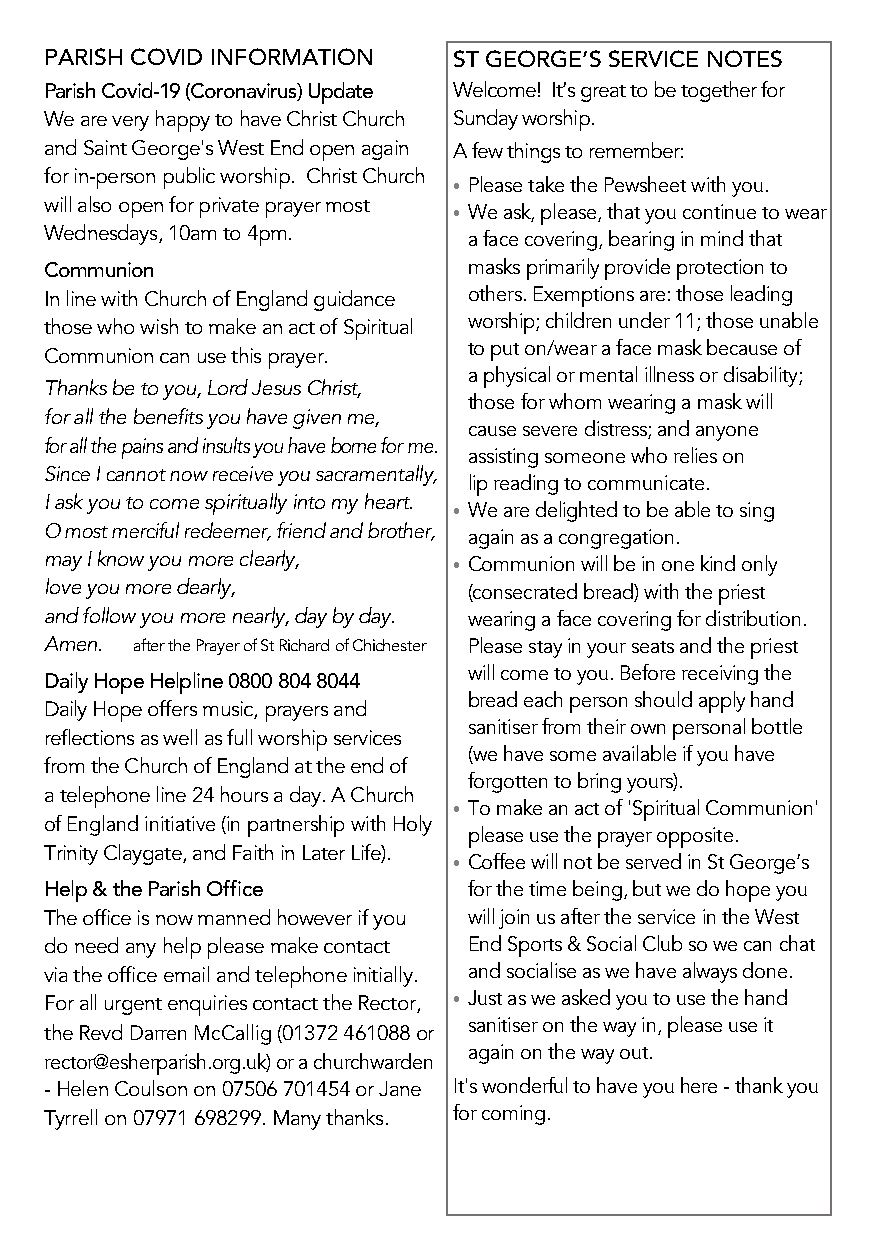
PARISH COVID INFORMATION   ST GEORGE’S SERVICE NOTES
 Parish Covid-19 (Coronavirus) Update Welcome! It’s great to be together for
 We are very happy to have Christ Church Sunday worship.
 and Saint George's West End open again A few things to remember:
 for in-person public worship. Christ Church
 • Please take the Pewsheet with you.
 will also open for private prayer most
 • We ask, please, that you continue to wear
 Wednesdays, 10am to 4pm.    a face covering, bearing in mind that
 Communion                   masks primarily provide protection to
 In line with Church of England guidance others. Exemptions are: those leading
 worship; children under 11; those unable
 those who wish to make an act of Spiritual
 to put on/wear a face mask because of
 Communion can use this prayer.
 a physical or mental illness or disability;
 Thanks be to you, Lord Jesus Christ,
 those for whom wearing a mask will
 for all the benefits you have given me,
 cause severe distress; and anyone
 for all the pains and insults you have borne for me.
 assisting someone who relies on
 Since I cannot now receive you sacramentally,
 lip reading to communicate.
 I ask you to come spiritually into my heart.
 • We are delighted to be able to sing
 O most merciful redeemer, friend and brother,
 again as a congregation.
 may I know you more clearly, • Communion will be in one kind only
 love you more dearly,       (consecrated bread) with the priest
 and follow you more nearly, day by day. wearing a face covering for distribution.
 Amen. after the Prayer of St Richard of Chichester Please stay in your seats and the priest
 will come to you. Before receiving the
 Daily Hope Helpline 0800 804 8044
 bread each person should apply hand
 Daily Hope offers music, prayers and
 sanitiser from their own personal bottle
 reflections as well as full worship services
 (we have some available if you have
 from the Church of England at the end of
 forgotten to bring yours).
 a telephone line 24 hours a day. A Church
 • To make an act of 'Spiritual Communion'
 of England initiative (in partnership with Holy
 please use the prayer opposite.
 Trinity Claygate, and Faith in Later Life).
 • Coffee will not be served in St George’s
 Help & the Parish Office    for the time being, but we do hope you
 The office is now manned however if you will join us after the service in the West
 do need any help please make contact End Sports & Social Club so we can chat
 via the office email and telephone initially. and socialise as we have always done.
 For all urgent enquiries contact the Rector, • Just as we asked you to use the hand
 sanitiser on the way in, please use it
 the Revd Darren McCallig (01372 461088 or
 again on the way out.
 rector@esherparish.org.uk) or a churchwarden
 - Helen Coulson on 07506 701454 or Jane It's wonderful to have you here - thank you
 Tyrrell on 07971 698299. Many thanks. for coming.